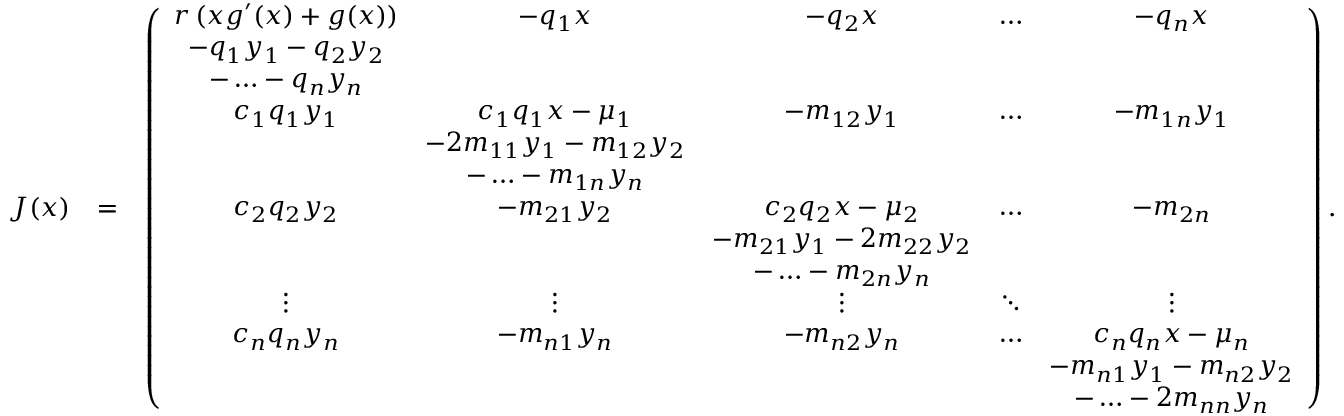
\begin{array} { r l r } { J ( \boldsymbol x ) } & { = } & { \left( \begin{array} { c c c c c } { r \, ( x g ^ { \prime } ( x ) + g ( x ) ) } & { - q _ { 1 } x } & { - q _ { 2 } x } & { \hdots } & { - q _ { n } x } \\ { - q _ { 1 } y _ { 1 } - q _ { 2 } y _ { 2 } } & & & & \\ { - \hdots - q _ { n } y _ { n } } & & & & \\ { c _ { 1 } q _ { 1 } y _ { 1 } } & { c _ { 1 } q _ { 1 } x - \mu _ { 1 } } & { - m _ { 1 2 } y _ { 1 } } & { \hdots } & { - m _ { 1 n } y _ { 1 } } \\ & { - 2 m _ { 1 1 } y _ { 1 } - m _ { 1 2 } y _ { 2 } } & & & \\ & { - \hdots - m _ { 1 n } y _ { n } } & & & \\ { c _ { 2 } q _ { 2 } y _ { 2 } } & { - m _ { 2 1 } y _ { 2 } } & { c _ { 2 } q _ { 2 } x - \mu _ { 2 } } & { \hdots } & { - m _ { 2 n } } \\ & & { - m _ { 2 1 } y _ { 1 } - 2 m _ { 2 2 } y _ { 2 } } & & \\ & & { - \hdots - m _ { 2 n } y _ { n } } & & \\ { \vdots } & { \vdots } & { \vdots } & { \ddots } & { \vdots } \\ { c _ { n } q _ { n } y _ { n } } & { - m _ { n 1 } y _ { n } } & { - m _ { n 2 } y _ { n } } & { \hdots } & { c _ { n } q _ { n } x - \mu _ { n } } \\ & & & & { - m _ { n 1 } y _ { 1 } - m _ { n 2 } y _ { 2 } } \\ & & & & { - \hdots - 2 m _ { n n } y _ { n } } \end{array} \right) . } \end{array}